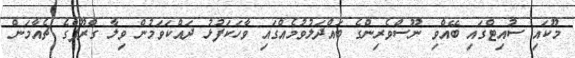
މޫކައި ސުއިޓްގައި ބޭއްވި ނޫސްވެރިންގެ ބައްދަލުވުމެއްގައި ވާހަކަފުޅު ދައްކަވަމުން ވިލާ ގްރޫޕްގެ ޗެއާމަން